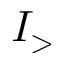
I _ { > }